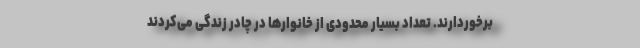
برخوردارند. تعداد بسیار محدودی از خانوارها در چادر زندگی می‌کردند